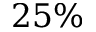
2 5 \%